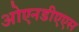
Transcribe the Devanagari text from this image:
ओएनडीएएस